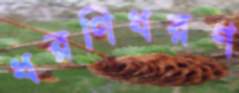
ধরণিধরণ